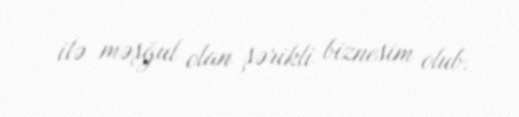
ilə məşğul olan şərikli biznesim olub.